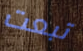
تبعت